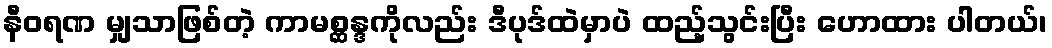
နီဝရဏ မျှသာဖြစ်တဲ့ ကာမစ္ဆန္ဒကိုလည်း ဒီပုဒ်ထဲမှာပဲ ထည့်သွင်းပြီး ဟောထား ပါတယ်၊